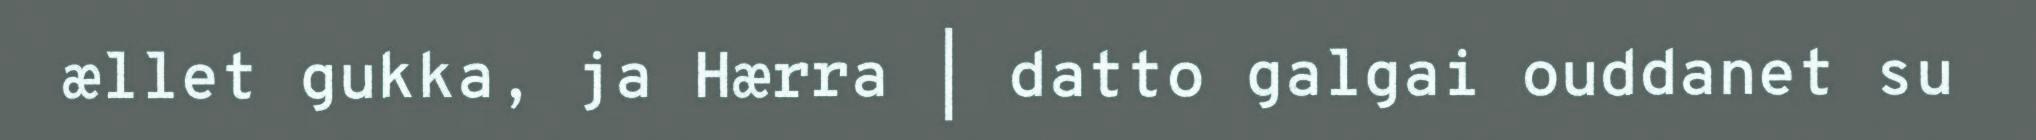
ællet gukka, ja Hærra | datto galgai ouddanet su